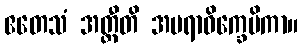
ဧတေသံ အတ္ထီတိ အမရာဝိက္ခေပိကာ။